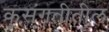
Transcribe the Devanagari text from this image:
कुसंगतीतील